Reports on military cantonments and civil stations in the Presidency of Bombay inspected by the Sanitary Commissioner in the years 1875 and 1876
Year: 1875
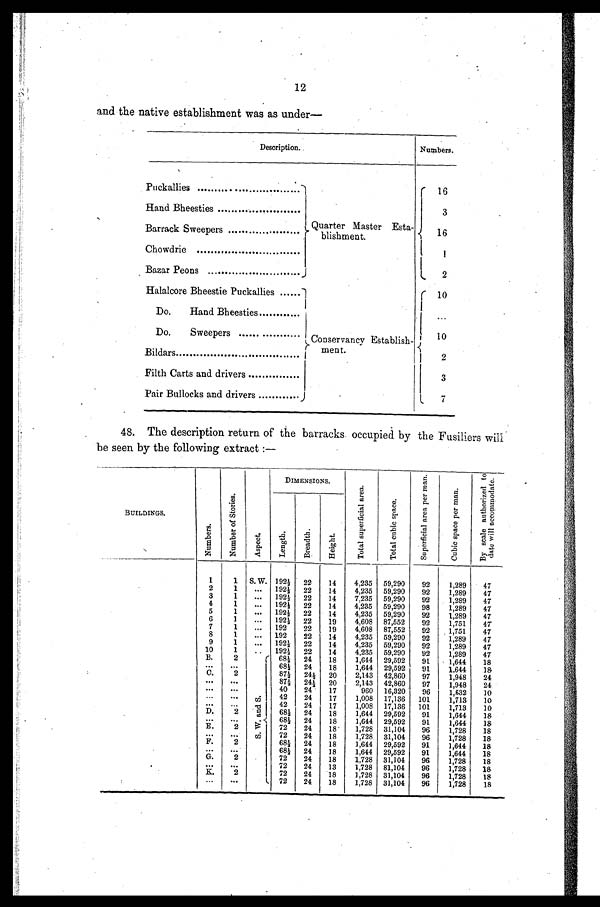
12
and the native establishment was as under
—
Description.
Numbers.
Puckallies ............................
Quarter Master Esta-
blishment.
16
Hand Bheesties
3
Barrack Sweepers
16
Chowdrie
1
Bazar Peons
2
Halalcore Bheestie Puckallies
Conservancy Establish-
ment.
10
Do.
Hand Bheesties
...
Do.
Sweepers
10
Bildars
2
Filth Carts and drivers
3
Pair Bullocks and drivers
7
48. The description return of the barracks. occupied by the Fusiliers will
be seen by the following extract :—
BUILDINGS.
N u m b e r s .
N u m b e r o f S t o r i e s .
A s p e c t .
DIMENSIONS.
T o t a l s u p e r f i c i a l a r e a .
T o t a l c u b i c s p a c e .
S u p e r f i c i a l a r e a p e r m a n .
C u b i c s p a c e p e r m a n .
B y s c a l e a u t h o r i z e d t o
d a t e w i l l a c c o m o d a t e .
L e n g t h .
B r e a d t h .
H e i g h t .
1
1 S. W. 192½
22
14
4,235 59,290
92
1,289
47
2
1
...
192½ 22
14
4,235 59,290
92
1,289
47
3
1
...
192½ 22
14
7,235 59,290
92
1,289
47
4
1
...
192½ 22
14
4,235 59,290
98
1,289
47
5
1
...
192½ 22
14
4,235 59,290
92
1,289
47
6
1
...
192½ 22
19
4,608 87,552
92
1,751
47
7
1
...
192
22
19
4,608 87,552
92
1,751
47
8
1
...
192
22
14
4,235 59,290
92
1,289
47
9
1
...
192½ 22
14
4,235 59,290
92
1,289
47
10
1
. . . 192½
22
14
4,235 59,290
92
1,289
47
B.
2
S . W . a n d S . 68½ 24
18
1,644 29,592
91
1,644
18
. . .
...
68½ 24
18
1,644 29,592
91
1.644
18
C.
2
87½ 24½ 20
2,143 42,860
97
1,948
24
. . .
. . .
87½ 24½ 20
2,143 42,860
97
1,948
24
...
...
40
24
17
960 16,320
96
1,632
10
...
. . .
42
24
17
1,008 17,136
101
1,713
10
...
. . .
42
24
17
1,008
17,136
101
1,713
10
D.
2
68½ 24
18
1,644 29,592
91
1,644
18
...
. . .
68½ 24
18
1,644 29,592
91
1,644
18
E.
2
72
24
18
1,728 31,104
96
1,728
18
. . .
. . .
72
24
18
1,728 31,104
96
1,728
18
F.
2
68½ 24
18
1,644 29,592
91
1,644
18
. . .
...
68½ 24
18
1,644 29,592
91
1,644
18
G.
2
72
24
18
1,728 31,104
96
1,728
18
.
. . .
...
72
24
13
1,728 81,104
96
1,728
18
K .
2
72
24
18
1,728 31,104
96
1,728
18
. . . . . .
72
24
18
1,728 31,104
96
1,728
18